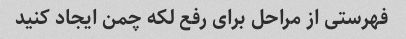
فهرستی از مراحل برای رفع لکه چمن ایجاد کنید